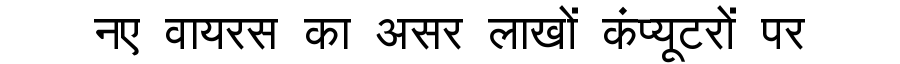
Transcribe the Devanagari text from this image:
नए वायरस का असर लाखों कंप्यूटरों पर